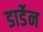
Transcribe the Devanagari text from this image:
डार्डेन